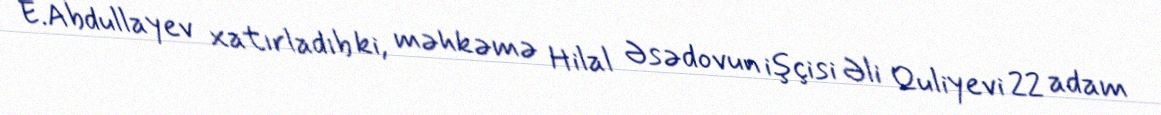
E.Abdullayev xatırladıb ki, məhkəmə Hilal Əsədovun işçisi Əli Quliyevi 22 adam